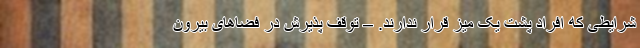
شرایطی که افراد پشت یک میز قرار ندارند. – توقف پذیرش در فضاهای بیرون